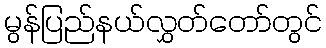
မွန်ပြည်နယ်လွှတ်တော်တွင်